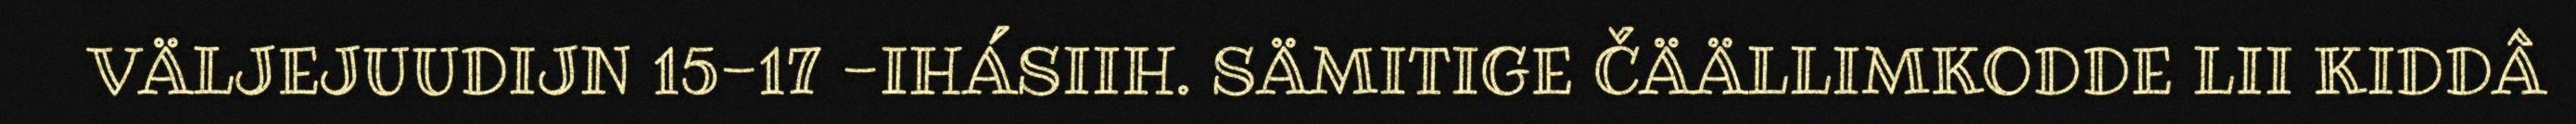
VÄLJEJUUDIJN 15-17 -IHÁSIIH. SÄMITIGE ČÄÄLLIMKODDE LII KIDDÂ